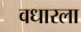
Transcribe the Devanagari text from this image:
वधारला